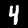
Digit: 4